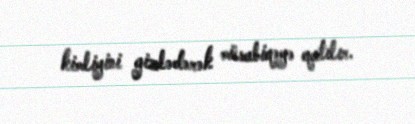
kimliyini gizlədərək müsabiqəyə qatılır.